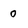
Character: 0